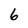
Character: 6